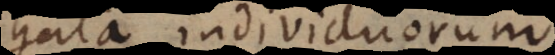
gata individuorum